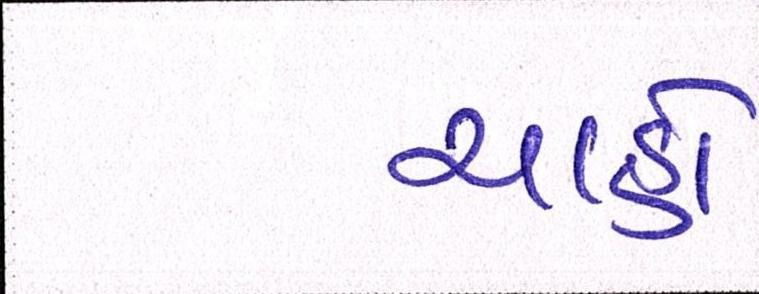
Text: ચાહો